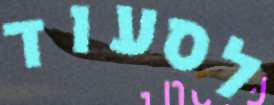
לסעוד